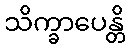
သိက္ခာပေန္တိ